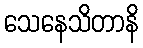
သေနေသိတာနိ